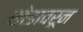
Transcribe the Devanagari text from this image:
खेडावरून